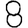
Digit: 8